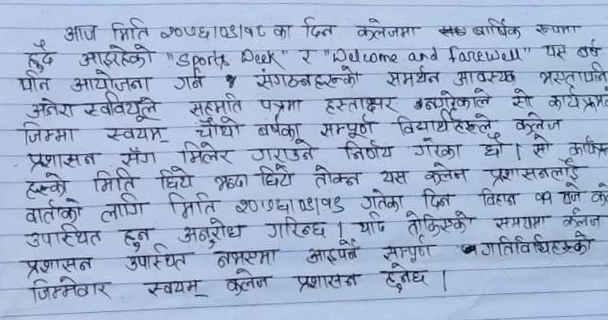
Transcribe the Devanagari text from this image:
आज मिति २०७६।०३।१८ का दिन कलेजमा सधैँ वार्षिक रूपमा
हुँदै आइरहेको "Sports Week" र "Welcome and farewell" यस वर्ष
पनि आयोजना गर्ने र संगठनहरूको समर्थन आवश्यक भस्तापनि
अनेरा स्ववियूले सहमति पत्रमा हस्ताक्षर नगरेकाले सो कार्यक्रम
जिम्मा स्वयम् चौथो वर्षका सम्पूर्ण विद्यार्थीहरूले कलेज
प्रशासन सँग मिलेर गराउने निर्णय गरेका छौँ । सो कार्यक्रम
हरूको मिति छिट्टै भन्दा छिट्टै तोक्न यस कलेज प्रशासनलाई
वार्ताको लागि मिति २०७६।०३।१९ गतेका दिन बिहान ११ बजे को
उपस्थित हुन अनुरोध गरिन्छ । यदि तोकिएको समयमा कलेज
प्रशासन उपस्थित नभएमा आइपर्ने सम्पूर्ण गतिविधिरुहको
जिम्मेवार स्वयम् कलेज प्रशासन हुनेछ ।